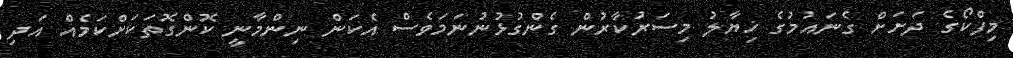
މިފްކޯގެ ދަށަށް ގެނައުމުގެ ޚިޔާލު މިސަރުކާރުން ގެންގުޅުނުނަމަވެސް އެކަން ނިންމާނީ ކޮންގޮތަކަށްކަމެއް އަދި